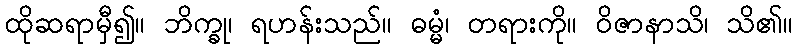
ထိုဆရာမှီ၍။ ဘိက္ခု၊ ရဟန်းသည်။ ဓမ္မံ၊ တရားကို။ ဝိဇာနာသိ၊ သိ၏။